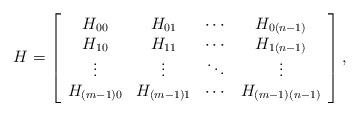
LaTeX: \begin{align*}H=\left[\begin{array}{cccc}H_{00}&H_{01}&\cdots &H_{0(n-1)}\\H_{10}&H_{11}&\cdots &H_{1(n-1)}\\\vdots &\vdots &\ddots &\vdots \\H_{(m-1)0}&H_{(m-1)1}&\cdots &H_{(m-1)(n-1)}\\\end{array}\right],\end{align*}